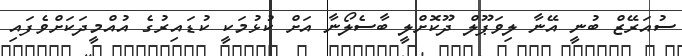
ސުއަރޭޒް ބުނީ އޭނާ ލިވަޕޫލް ދޫކޮށްލީ ބާސެލޯނާ އަށް ކުޅުމަކީ ކުޑައިރުގެ އުއްމީދަކަށްވެފައި